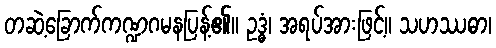
တဆဲ့ခြောက်ကဏ္ဍဂမနပြန့်၏။ ဥဒ္ဓံ၊ အရပ်အားဖြင့်။ သဟဿဓာ၊